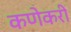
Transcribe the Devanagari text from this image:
कणेकरी